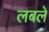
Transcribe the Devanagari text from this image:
लबले